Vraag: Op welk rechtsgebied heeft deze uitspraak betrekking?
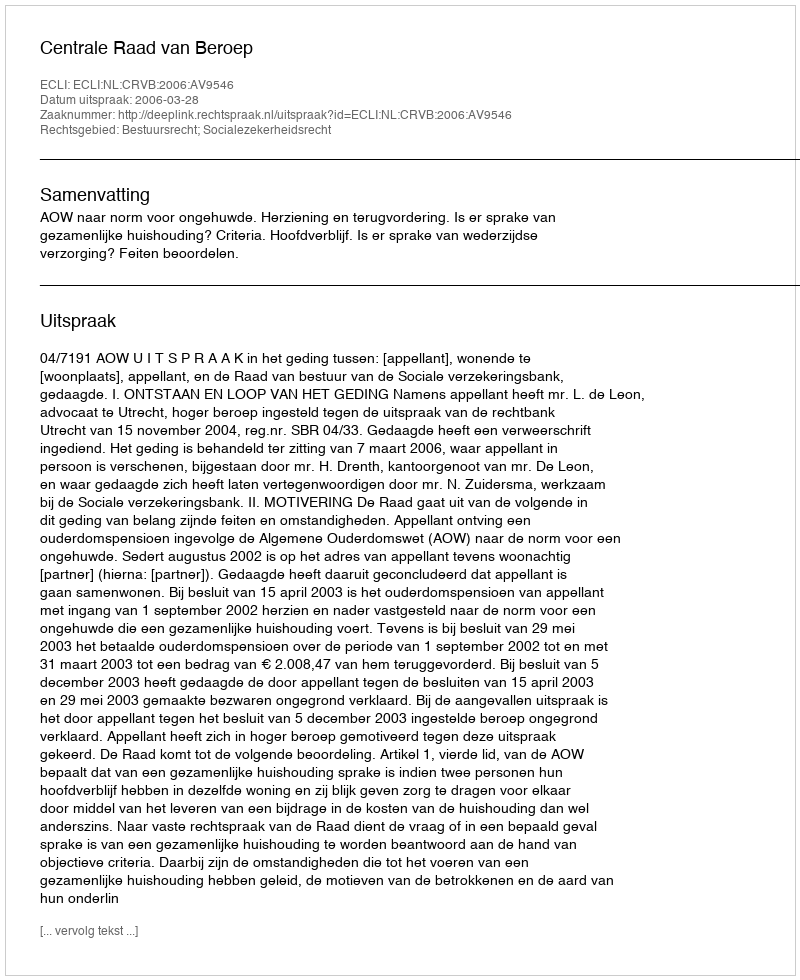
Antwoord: Bestuursrecht; Socialezekerheidsrecht